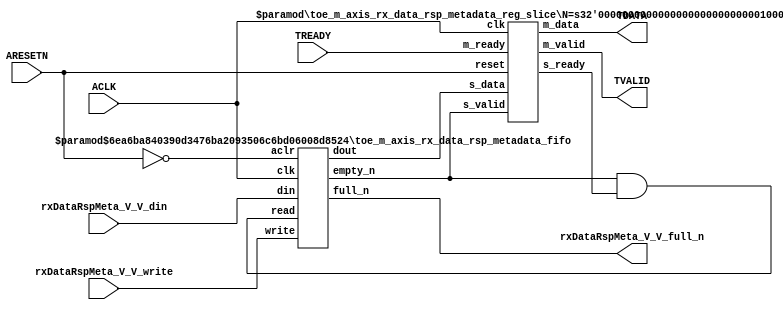
// ==============================================================
// File generated by Vivado(TM) HLS - High-Level Synthesis from C, C++ and SystemC
// Version: 2015.1
// Copyright (C) 2015 Xilinx Inc. All rights reserved.
// 
// ==============================================================


`timescale 1ns/1ps

module toe_m_axis_rx_data_rsp_metadata_if (
    // AXI4-Stream singals
    input  wire        ACLK,
    input  wire        ARESETN,
    output wire        TVALID,
    input  wire        TREADY,
    output wire [15:0] TDATA,
    // User signals
    input  wire [15:0] rxDataRspMeta_V_V_din,
    output wire        rxDataRspMeta_V_V_full_n,
    input  wire        rxDataRspMeta_V_V_write
);
//------------------------Local signal-------------------
// FIFO
wire [0:0]  fifo_read;
wire [0:0]  fifo_empty_n;
wire [15:0] rxDataRspMeta_V_V_dout;
wire [0:0]  rxDataRspMeta_V_V_empty_n;
// register slice
wire [0:0]  s_valid;
wire [0:0]  s_ready;
wire [15:0] s_data;
wire [0:0]  m_valid;
wire [0:0]  m_ready;
wire [15:0] m_data;

//------------------------Instantiation------------------
// rs
toe_m_axis_rx_data_rsp_metadata_reg_slice #(
    .N       ( 16 )
) rs (
    .clk     ( ACLK ),
    .reset   ( ARESETN ),
    .s_data  ( s_data ),
    .s_valid ( s_valid ),
    .s_ready ( s_ready ),
    .m_data  ( m_data ),
    .m_valid ( m_valid ),
    .m_ready ( m_ready )
);

// rxDataRspMeta_V_V_fifo
toe_m_axis_rx_data_rsp_metadata_fifo #(
    .DATA_BITS  ( 16 ),
    .DEPTH_BITS ( 4 )
) rxDataRspMeta_V_V_fifo (
    .clk        ( ACLK ),
    .aclr       ( ~ARESETN ),
    .empty_n    ( rxDataRspMeta_V_V_empty_n ),
    .full_n     ( rxDataRspMeta_V_V_full_n ),
    .read       ( fifo_read ),
    .write      ( rxDataRspMeta_V_V_write ),
    .dout       ( rxDataRspMeta_V_V_dout ),
    .din        ( rxDataRspMeta_V_V_din )
);

//------------------------Body---------------------------
//++++++++++++++++++++++++AXI4-Stream++++++++++++++++++++
assign TVALID = m_valid;
assign TDATA  = m_data[15:0];

//+++++++++++++++++++++++++++++++++++++++++++++++++++++++

//++++++++++++++++++++++++Reigister Slice++++++++++++++++
assign s_valid = fifo_empty_n;
assign m_ready = TREADY;
assign s_data  = {rxDataRspMeta_V_V_dout};

//+++++++++++++++++++++++++++++++++++++++++++++++++++++++

//++++++++++++++++++++++++FIFO+++++++++++++++++++++++++++
assign fifo_read    = fifo_empty_n & s_ready;
assign fifo_empty_n = rxDataRspMeta_V_V_empty_n;

//+++++++++++++++++++++++++++++++++++++++++++++++++++++++

endmodule



`timescale 1ns/1ps

module toe_m_axis_rx_data_rsp_metadata_fifo
#(parameter
    DATA_BITS  = 8,
    DEPTH_BITS = 4
)(
    input  wire                 clk,
    input  wire                 aclr,
    output wire                 empty_n,
    output wire                 full_n,
    input  wire                 read,
    input  wire                 write,
    output wire [DATA_BITS-1:0] dout,
    input  wire [DATA_BITS-1:0] din
);
//------------------------Parameter----------------------
localparam
    DEPTH = 1 << DEPTH_BITS;
//------------------------Local signal-------------------
reg                   empty;
reg                   full;
reg  [DEPTH_BITS-1:0] index;
reg  [DATA_BITS-1:0]  mem[0:DEPTH-1];
//------------------------Body---------------------------
assign empty_n = ~empty;
assign full_n  = ~full;
assign dout    = mem[index];

// empty
always @(posedge clk or posedge aclr) begin
    if (aclr)
        empty <= 1'b1;
    else if (empty & write & ~read)
        empty <= 1'b0;
    else if (~empty & ~write & read & (index==1'b0))
        empty <= 1'b1;
end

// full
always @(posedge clk or posedge aclr) begin
    if (aclr)
        full <= 1'b0;
    else if (full & read & ~write)
        full <= 1'b0;
    else if (~full & ~read & write & (index==DEPTH-2'd2))
        full <= 1'b1;
end

// index
always @(posedge clk or posedge aclr) begin
    if (aclr)
        index <= {DEPTH_BITS{1'b1}};
    else if (~empty & ~write & read)
        index <= index - 1'b1;
    else if (~full & ~read & write)
        index <= index + 1'b1;
end

// mem
always @(posedge clk) begin
    if (~full & write) mem[0] <= din;
end

genvar i;
generate
    for (i = 1; i < DEPTH; i = i + 1) begin : gen_sr
        always @(posedge clk) begin
            if (~full & write) mem[i] <= mem[i-1];
        end
    end
endgenerate

endmodule

`timescale 1ns/1ps

module toe_m_axis_rx_data_rsp_metadata_reg_slice
#(parameter
    N = 8   // data width
) (
    // system signals
    input  wire         clk,
    input  wire         reset,
    // slave side
    input  wire [N-1:0] s_data,
    input  wire         s_valid,
    output wire         s_ready,
    // master side
    output wire [N-1:0] m_data,
    output wire         m_valid,
    input  wire         m_ready
);
//------------------------Parameter----------------------
// state
localparam [1:0]
    ZERO = 2'b10,
    ONE  = 2'b11,
    TWO  = 2'b01;
//------------------------Local signal-------------------
reg  [N-1:0] data_p1;
reg  [N-1:0] data_p2;
wire         load_p1;
wire         load_p2;
wire         load_p1_from_p2;
reg          s_ready_t;
reg  [1:0]   state;
reg  [1:0]   next;
//------------------------Body---------------------------
assign s_ready = s_ready_t;
assign m_data  = data_p1;
assign m_valid = state[0];

assign load_p1 = (state == ZERO && s_valid) ||
                 (state == ONE && s_valid && m_ready) ||
                 (state == TWO && m_ready);
assign load_p2 = s_valid & s_ready;
assign load_p1_from_p2 = (state == TWO);

// data_p1
always @(posedge clk) begin
    if (load_p1) begin
        if (load_p1_from_p2)
            data_p1 <= data_p2;
        else
            data_p1 <= s_data;
    end
end

// data_p2
always @(posedge clk) begin
    if (load_p2) data_p2 <= s_data;
end

// s_ready_t
always @(posedge clk) begin
    if (~reset)
        s_ready_t <= 1'b0;
    else if (state == ZERO)
        s_ready_t <= 1'b1;
    else if (state == ONE && next == TWO)
        s_ready_t <= 1'b0;
    else if (state == TWO && next == ONE)
        s_ready_t <= 1'b1;
end

// state
always @(posedge clk) begin
    if (~reset)
        state <= ZERO;
    else
        state <= next;
end

// next
always @(*) begin
    case (state)
        ZERO:
            if (s_valid & s_ready)
                next = ONE;
            else
                next = ZERO;
        ONE:
            if (~s_valid & m_ready)
                next = ZERO;
            else if (s_valid & ~m_ready)
                next = TWO;
            else
                next = ONE;
        TWO:
            if (m_ready)
                next = ONE;
            else
                next = TWO;
        default:
            next = ZERO;
    endcase
end

endmodule